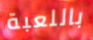
باللعبة